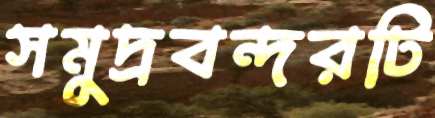
সমুদ্রবন্দরটি